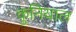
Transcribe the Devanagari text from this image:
कुनियाल